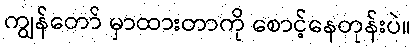
ကျွန်တော် မှာထားတာကို စောင့်နေတုန်းပဲ။